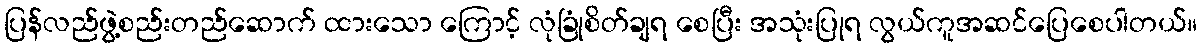
ပြန်လည်ဖွဲ့စည်းတည်ဆောက် ထားသော ကြောင့် လုံခြုံစိတ်ချရ စေပြီး အသုံးပြုရ လွယ်ကူအဆင်ပြေစေပါတယ်။